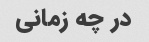
در چه زمانی